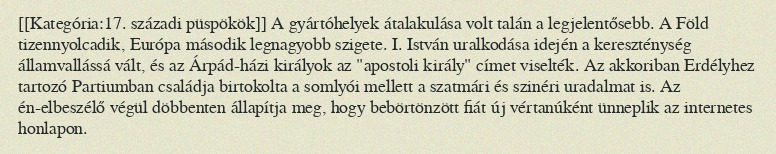
[[Kategória:17. századi püspökök]] A gyártóhelyek átalakulása volt talán a legjelentősebb. A Föld tizennyolcadik, Európa második legnagyobb szigete. I. István uralkodása idején a kereszténység államvallássá vált, és az Árpád-házi királyok az "apostoli király" címet viselték. Az akkoriban Erdélyhez tartozó Partiumban családja birtokolta a somlyói mellett a szatmári és szinéri uradalmat is. Az én-elbeszélő végül döbbenten állapítja meg, hogy bebörtönzött fiát új vértanúként ünneplik az internetes honlapon.